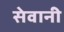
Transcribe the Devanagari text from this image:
सेवानी